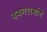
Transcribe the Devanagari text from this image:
बबनरावांचे